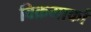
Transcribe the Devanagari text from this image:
विक्रमार्का